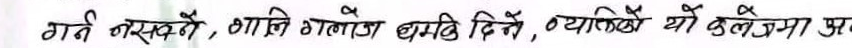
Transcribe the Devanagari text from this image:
गर्न नसर्कै, भावि गलत धमाधि दिने, किनकि यो दुवैमा प्र